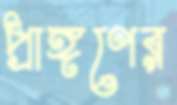
প্রাঙ্গণের